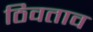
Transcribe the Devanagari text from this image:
ठिवताव